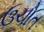
ઉચોત